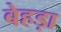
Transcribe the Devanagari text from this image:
बेहड़ा